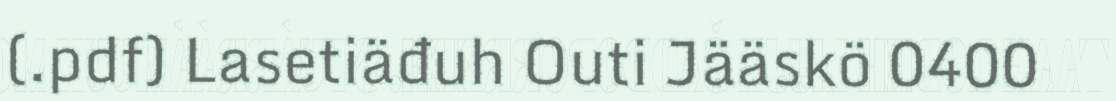
(.pdf) Lasetiäđuh Outi Jääskö 0400